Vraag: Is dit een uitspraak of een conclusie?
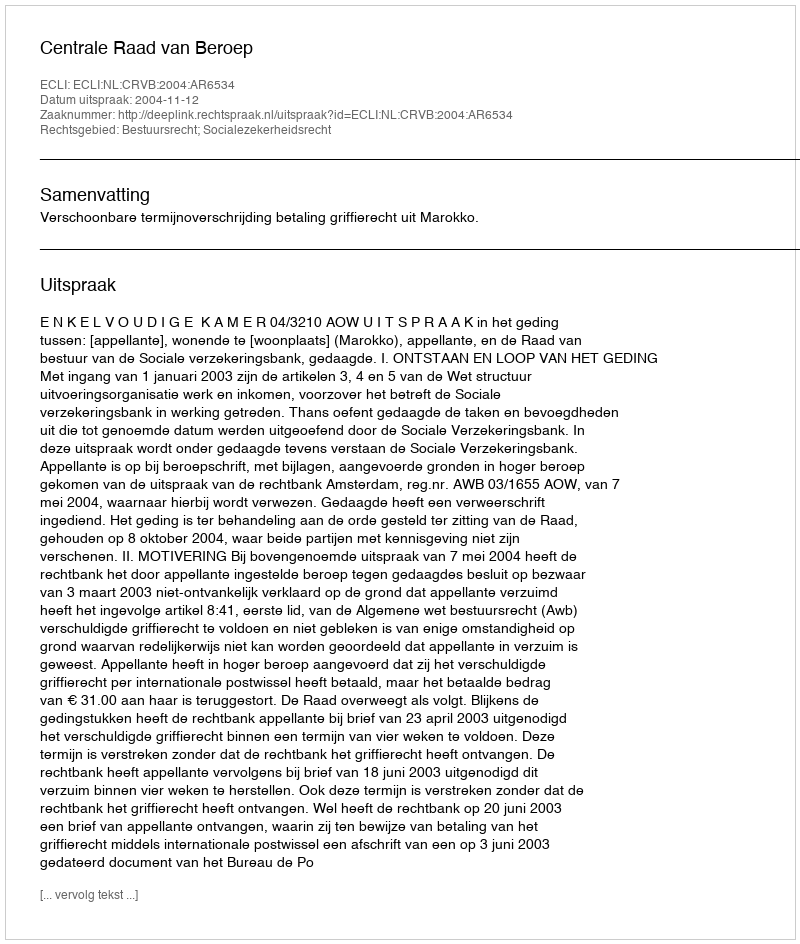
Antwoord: Uitspraak